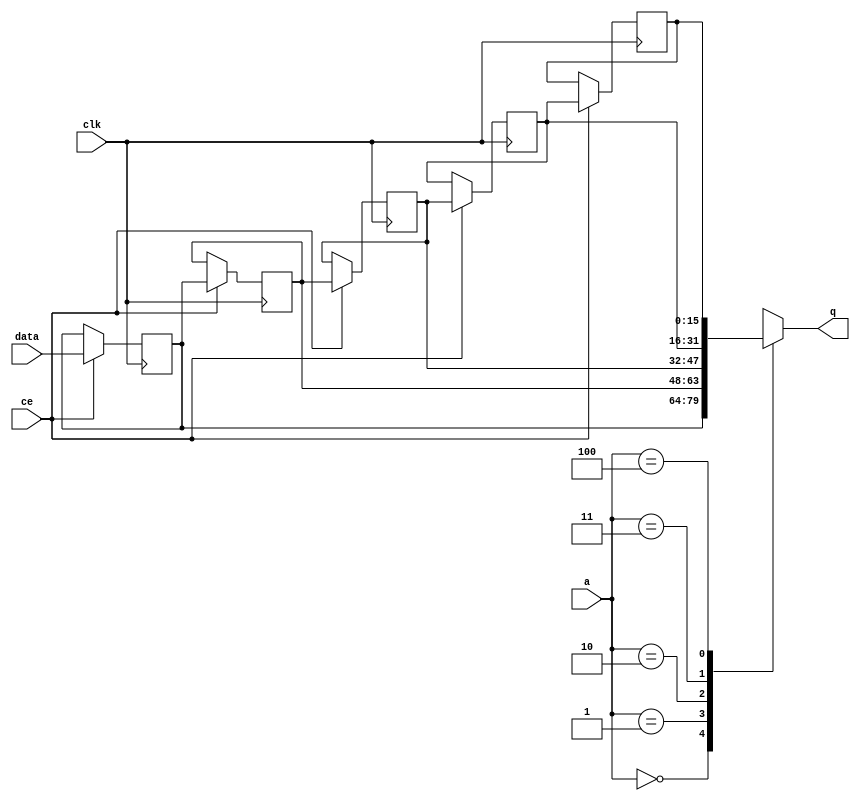
// ==============================================================
// File generated by Vivado(TM) HLS - High-Level Synthesis from C, C++ and SystemC
// Version: 2018.2
// Copyright (C) 1986-2018 Xilinx, Inc. All Rights Reserved.
// 
// ==============================================================


`timescale 1 ns / 1 ps

module fifo_w16_d5_A_shiftReg (
    clk,
    data,
    ce,
    a,
    q);

parameter DATA_WIDTH = 32'd16;
parameter ADDR_WIDTH = 32'd3;
parameter DEPTH = 4'd5;

input clk;
input [DATA_WIDTH-1:0] data;
input ce;
input [ADDR_WIDTH-1:0] a;
output [DATA_WIDTH-1:0] q;

reg[DATA_WIDTH-1:0] SRL_SIG [0:DEPTH-1];
integer i;

always @ (posedge clk)
    begin
        if (ce)
        begin
            for (i=0;i<DEPTH-1;i=i+1)
                SRL_SIG[i+1] <= SRL_SIG[i];
            SRL_SIG[0] <= data;
        end
    end

assign q = SRL_SIG[a];

endmodule

module fifo_w16_d5_A (
    clk,
    reset,
    if_empty_n,
    if_read_ce,
    if_read,
    if_dout,
    if_full_n,
    if_write_ce,
    if_write,
    if_din);

parameter MEM_STYLE   = "shiftreg";
parameter DATA_WIDTH  = 32'd16;
parameter ADDR_WIDTH  = 32'd3;
parameter DEPTH       = 4'd5;

input clk;
input reset;
output if_empty_n;
input if_read_ce;
input if_read;
output[DATA_WIDTH - 1:0] if_dout;
output if_full_n;
input if_write_ce;
input if_write;
input[DATA_WIDTH - 1:0] if_din;

wire[ADDR_WIDTH - 1:0] shiftReg_addr ;
wire[DATA_WIDTH - 1:0] shiftReg_data, shiftReg_q;
wire                     shiftReg_ce;
reg[ADDR_WIDTH:0] mOutPtr = ~{(ADDR_WIDTH+1){1'b0}};
reg internal_empty_n = 0, internal_full_n = 1;

assign if_empty_n = internal_empty_n;
assign if_full_n = internal_full_n;
assign shiftReg_data = if_din;
assign if_dout = shiftReg_q;

always @ (posedge clk) begin
    if (reset == 1'b1)
    begin
        mOutPtr <= ~{ADDR_WIDTH+1{1'b0}};
        internal_empty_n <= 1'b0;
        internal_full_n <= 1'b1;
    end
    else begin
        if (((if_read & if_read_ce) == 1 & internal_empty_n == 1) && 
            ((if_write & if_write_ce) == 0 | internal_full_n == 0))
        begin
            mOutPtr <= mOutPtr - 4'd1;
            if (mOutPtr == 4'd0)
                internal_empty_n <= 1'b0;
            internal_full_n <= 1'b1;
        end 
        else if (((if_read & if_read_ce) == 0 | internal_empty_n == 0) && 
            ((if_write & if_write_ce) == 1 & internal_full_n == 1))
        begin
            mOutPtr <= mOutPtr + 4'd1;
            internal_empty_n <= 1'b1;
            if (mOutPtr == DEPTH - 4'd2)
                internal_full_n <= 1'b0;
        end 
    end
end

assign shiftReg_addr = mOutPtr[ADDR_WIDTH] == 1'b0 ? mOutPtr[ADDR_WIDTH-1:0]:{ADDR_WIDTH{1'b0}};
assign shiftReg_ce = (if_write & if_write_ce) & internal_full_n;

fifo_w16_d5_A_shiftReg 
#(
    .DATA_WIDTH(DATA_WIDTH),
    .ADDR_WIDTH(ADDR_WIDTH),
    .DEPTH(DEPTH))
U_fifo_w16_d5_A_ram (
    .clk(clk),
    .data(shiftReg_data),
    .ce(shiftReg_ce),
    .a(shiftReg_addr),
    .q(shiftReg_q));

endmodule